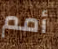
أمم